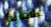
علاقاتك